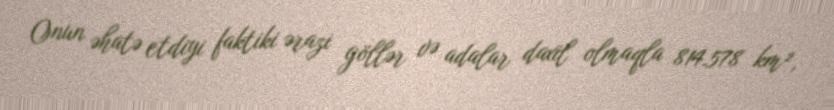
Onun əhatə etdiyi faktiki ərazi göllər və adalar daxil olmaqla 814.578 km²,